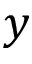
y